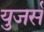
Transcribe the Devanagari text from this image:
युजर्स